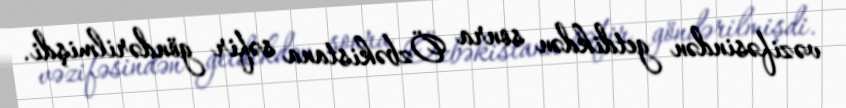
vəzifəsindən getdikdən sonra Özbəkistana səfir göndərilmişdi.